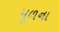
મૂળના